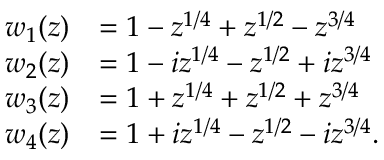
\begin{array} { r l } { w _ { 1 } ( z ) } & { = 1 - z ^ { 1 / 4 } + z ^ { 1 / 2 } - z ^ { 3 / 4 } } \\ { w _ { 2 } ( z ) } & { = 1 - i z ^ { 1 / 4 } - z ^ { 1 / 2 } + i z ^ { 3 / 4 } } \\ { w _ { 3 } ( z ) } & { = 1 + z ^ { 1 / 4 } + z ^ { 1 / 2 } + z ^ { 3 / 4 } } \\ { w _ { 4 } ( z ) } & { = 1 + i z ^ { 1 / 4 } - z ^ { 1 / 2 } - i z ^ { 3 / 4 } . } \end{array}